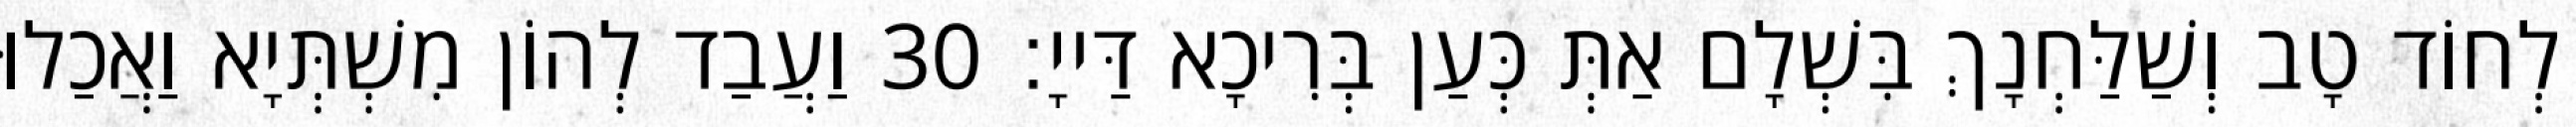
לְחוֹד טָב וְשַׁלַּחְנָךְ בִּשְׁלָם אַתְּ כְּעַן בְּרִיכָא דַּייָ׃ 30 וַעֲבַד לְהוֹן מִשְׁתְּיָא וַאֲכַלוּ